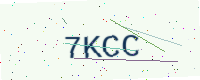
Text: 7KCC